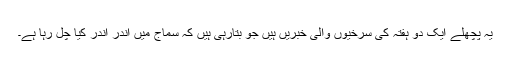
یہ پچھلے ایک دو ہفتہ کی سرخیوں والی خبریں ہیں جو بتارہی ہیں کہ سماج میں اندر اندر کیا چل رہا ہے۔